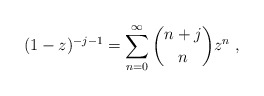
\begin{align*}(1-z)^{-j-1} = \sum_{n=0}^\infty \binom{n+j}{n} z^n \ ,\end{align*}